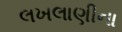
લખલાણીના